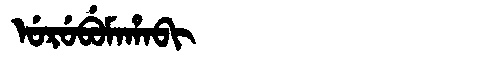
Manchu: ᡠᡵᡠᠪᡠᠮᠠᡥᠠᠪᡳ
Romanization: URUBUMAHABI